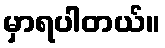
မှာရပါတယ်။